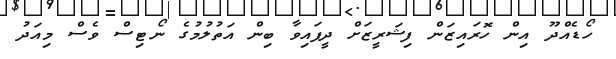
ހޯޑެއްދޫ އިން ހޮރައިޒަން ފިޝަރީޒަށް ދީފައިވާ ބިން އަތުލުމުގެ ނޯޓިސް ވެސް މިއަދު